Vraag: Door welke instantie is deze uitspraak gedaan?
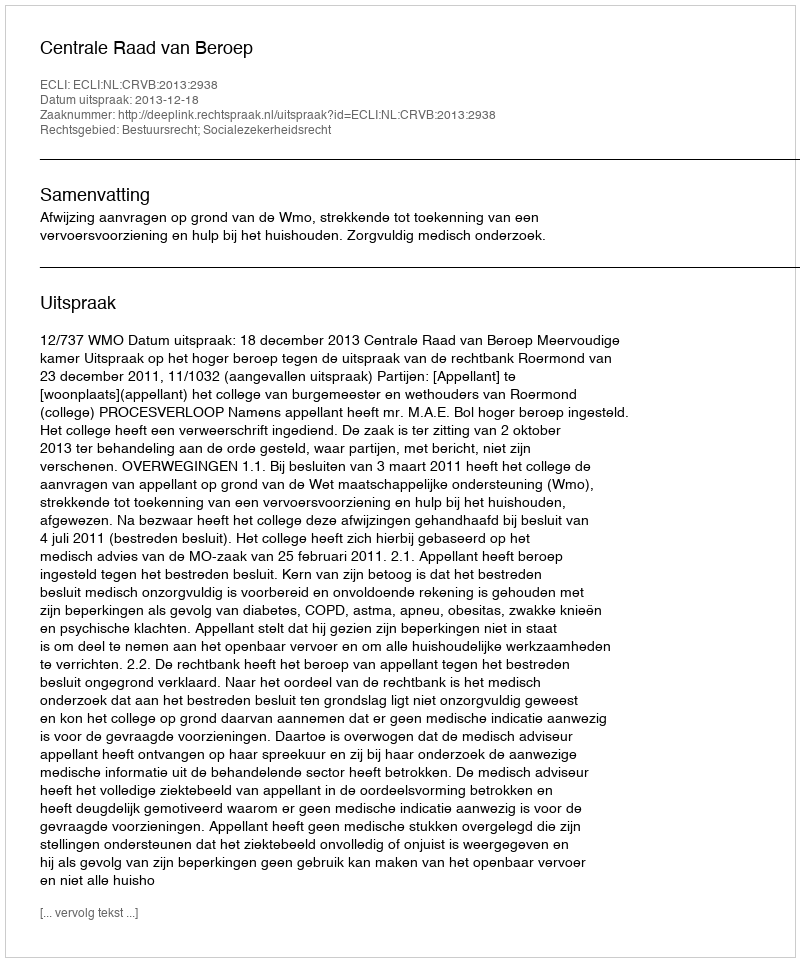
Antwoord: Centrale Raad van Beroep